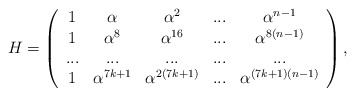
\begin{align*}H=\left( \begin{array}{ccccc}1 & \alpha & \alpha ^{2} & ... & \alpha ^{n-1} \\ 1 & \alpha ^{8} & \alpha ^{16} & ... & \alpha ^{8(n-1)} \\ ... & ... & ... & ... & ... \\ 1 & \alpha ^{7k+1} & \alpha ^{2\left( 7k+1\right) } & ... & \alpha^{(7k+1)\left( n-1\right) }\end{array}\right) , \end{align*}